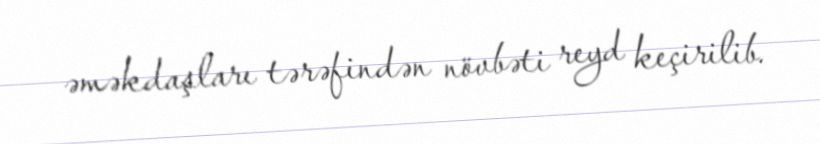
əməkdaşları tərəfindən növbəti reyd keçirilib.